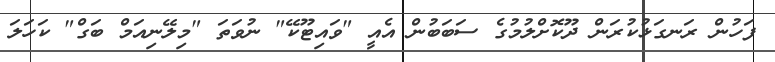
ފަހުން ރަނގަޅުކުރަން ދޫކޮށްލުމުގެ ސަބަބުން އެއީ "ވައިޓޫކޭ" ނުވަތަ "މިލޭނިއަމް ބަގް" ކަހަލަ